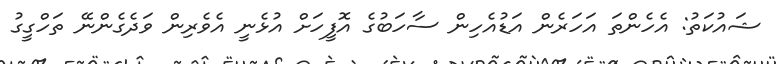
ޝައުކަތު: އެހެންތަ އަހަރެން އަޑުއެހިން ސާހަބުގެ އޮފީހަށް އުޅެނީ އެވެރިން ވަދެގެންނޭ ތަހްގީގު